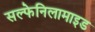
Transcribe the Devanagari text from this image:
सल्फेनिलामाइड